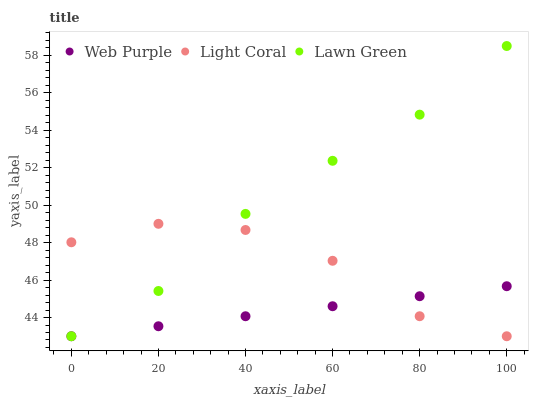
| xaxis_label | Web Purple | Light Coral | Lawn Green |
 | --- | --- | --- | --- |
 | 0 | 43 | 48 | 43 |
 | 20 | 43.5 | 49 | 45.4 |
 | 40 | 44.1 | 48.7 | 49.5 |
 | 60 | 44.6 | 47 | 52.4 |
 | 80 | 45.1 | 44.1 | 54.8 |
 | 100 | 45.7 | 43 | 58.5 |